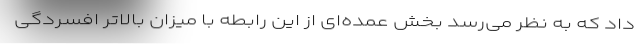
داد که به نظر می‌رسد بخش عمده‌ای از این رابطه با میزان بالاتر افسردگی